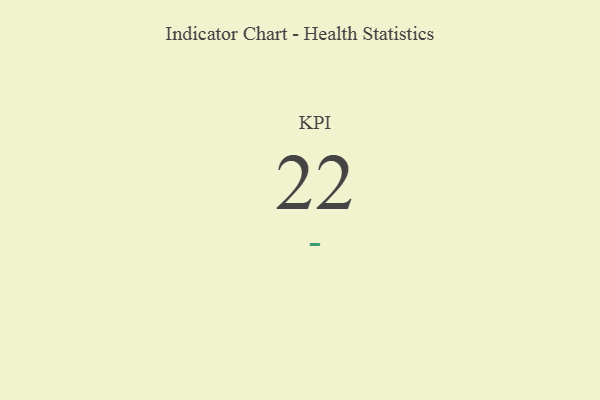
{"axis": {"x": "KPI", "y": "Value"}, "legend": [""], "data": [{"x": "KPI", "y": 22, "type": ""}]}